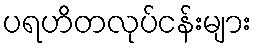
ပရဟိတလုပ်ငန်းများ